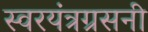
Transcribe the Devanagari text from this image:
स्वरयंत्रग्रसनी